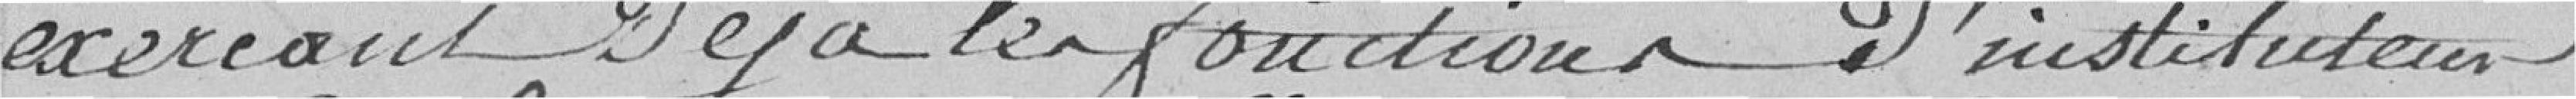
exerçant déjà la fonction d'instituteur